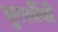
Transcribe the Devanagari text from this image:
बुरशींची